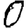
Digit: 0